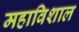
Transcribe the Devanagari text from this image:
महाविशाल